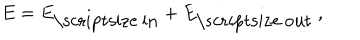
LaTeX: E = E _ { \mathrm { \scriptsize ~ i n } } + E _ { \mathrm { \scriptsize ~ o u t } } \: ,